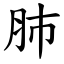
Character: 肺